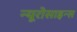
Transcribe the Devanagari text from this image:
न्यूरोसाइन्स